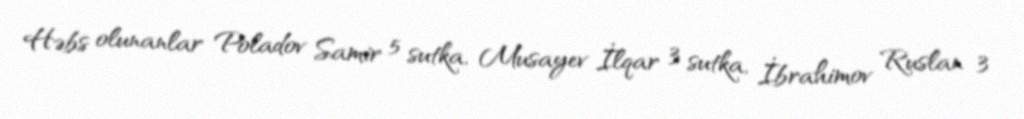
Həbs olunanlar Poladov Samir 5 sutka, Musayev İlqar 3 sutka, İbrahimov Ruslan 3